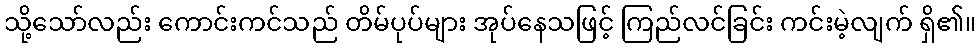
သို့သော်လည်း ကောင်းကင်သည် တိမ်ပုပ်များ အုပ်နေသဖြင့် ကြည်လင်ခြင်း ကင်းမဲ့လျက် ရှိ၏။